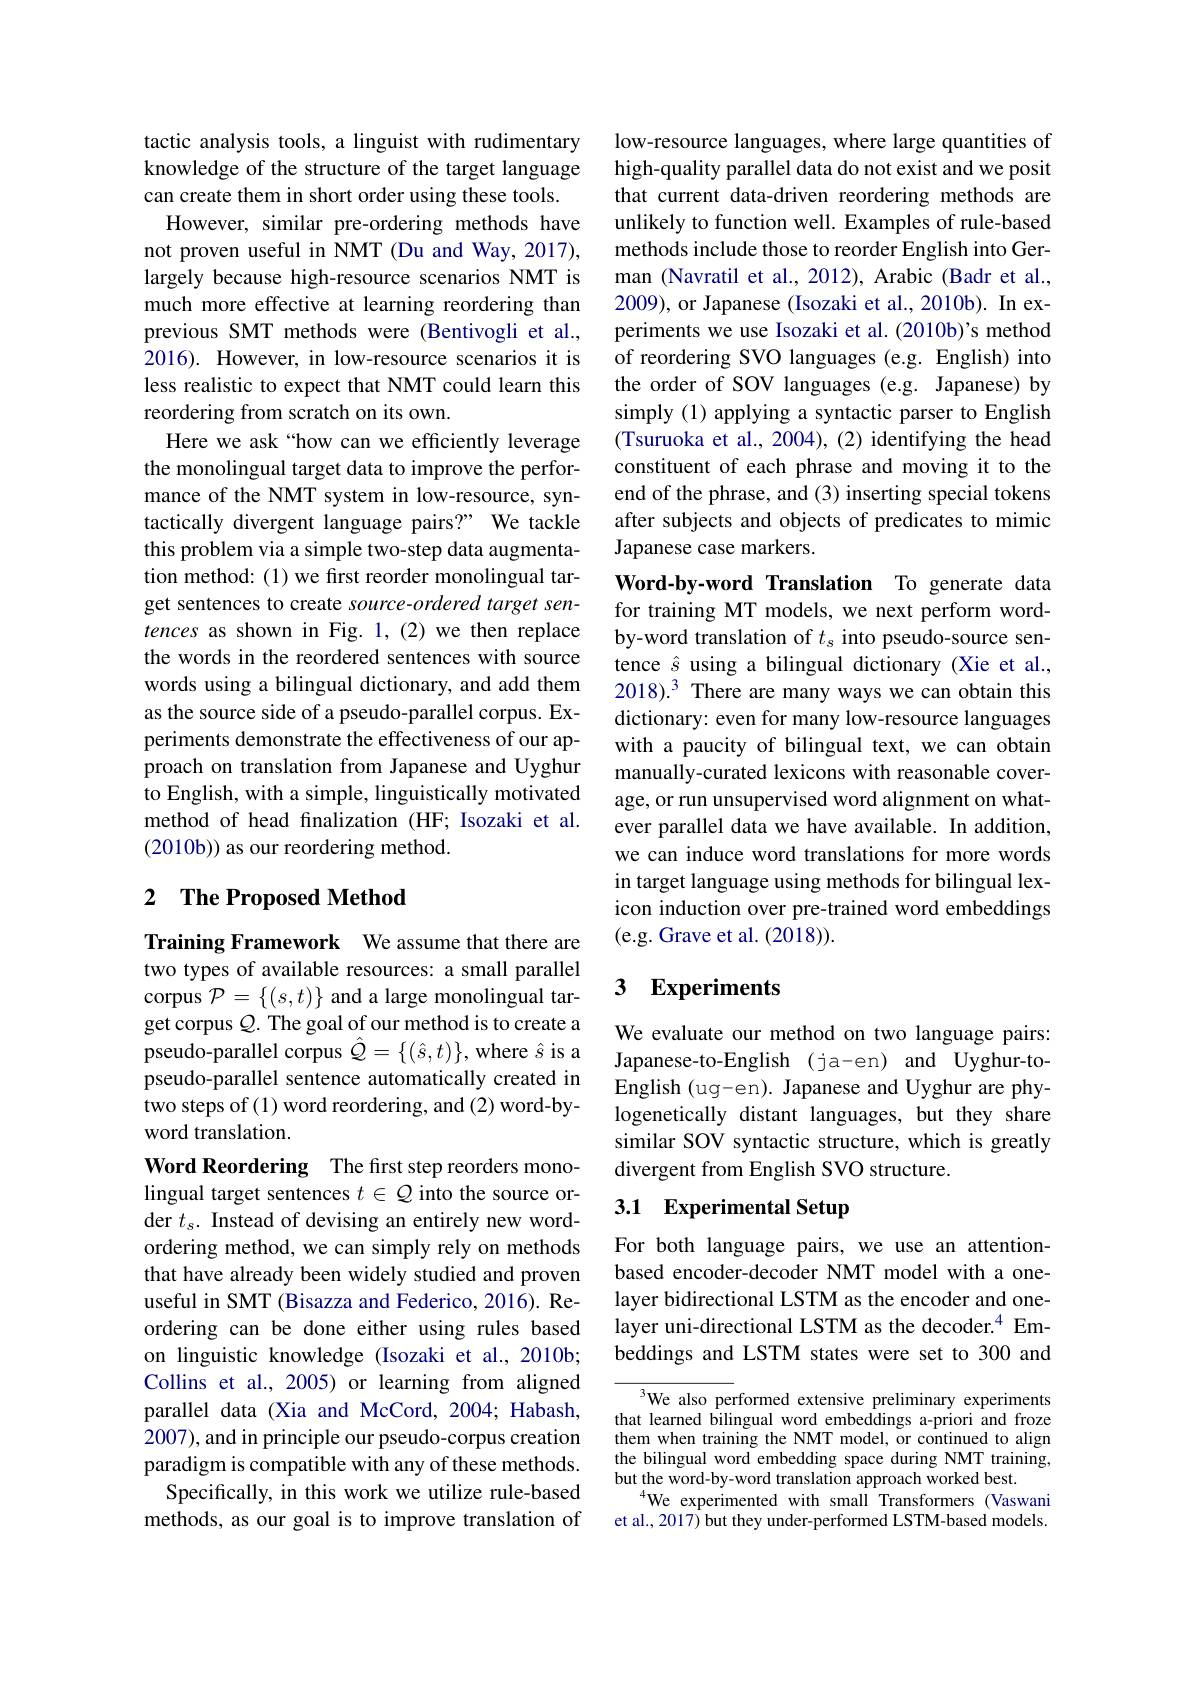
tactic analysis tools, a linguist with rudimentary knowledge of the structure of the target language can create them in short order using these tools.
However, similar pre-ordering methods have not proven useful in NMT (Du and Way,2017), largely because high-resource scenarios NMT is much more effective at learning reordering than previous SMT methods were (Bentivogli et al., 2016). However, in low-resource scenarios it is less realistic to expect that NMT could learn this reordering from scratch on its own.
Here we ask “how can we efficiently leverage the monolingual target data to improve the performance of the NMT system in low-resource, syntactically divergent language pairs?" We tackle this problem via a simple two-step data augmentation method: (1) we first reorder monolingual target sentences to create source-ordered target sentences as shown in Fig. 1,(2) we then replace the words in the reordered sentences with source words using a bilingual dictionary, and add them as the source side of a pseudo-parallel corpus. Experiments demonstrate the effectiveness of our approach on translation from Japanese and Uyghur to English, with a simple, linguistically motivated method of head fnalization (HF; Isozaki et al. (2010b)) as our reordering method.

# 2 The Proposed Method

Training Framework We assume that there are two types of available resources: a small parallel corpus $\mathcal{P}=\{(s,t)\}$ and a large monolingual target corpus $Q.$ The goal of our method is to create a pseudo-parallel corpus $\hat{Q}=\{(\hat{s},t)\}$, where $\hat{s}$ is a pseudo-parallel sentence automatically created in two steps of (1) word reordering, and (2) word-byword translation.

Word Reordering The first step reorders monolingual target sentences $t\in\mathbb{Q}$ into the source order $t_s.$ Instead of devising an entirely new wordordering method, we can simply rely on methods that have already been widely studied and proven useful in SMT (Bisazza and Federico, 2016). Reordering can be done either using rules based on linguistic knowledge (Isozaki et al., 2010b; Collins et al., 2005) or learning from aligned parallel data (Xia and McCord, 2004; Habash, 2007), and in principle our pseudo-corpus creation paradigm is compatible with any of these methods. Specifically, in this work we utilize rule-based methods, as our goal is to improve translation of

low-resource languages, where large quantities of high-quality parallel data do not exist and we posit that current data-driven reordering methods are unlikely to function well. Examples of rule-based methods include those to reorder English into German (Navratil et al., 2012), Arabic (Badr et al., 2009), or Japanese (Isozaki et al., 2010b). In experiments we use Isozaki et al. (2010b)'s method of reordering SVO languages (e.g. English) into the order of SOV languages (e.g. Japanese) by simply (1) applying a syntactic parser to English (Tsuruoka et al., 2004), (2) identifying the head constituent of each phrase and moving it to the end of the phrase, and (3) inserting special tokens after subjects and objects of predicates to mimic Japanese case markers.

Word-by-word Translation To generate data for training MT models, we next perform wordby-word translation of $t_s$ into pseudo-source sentence $\hat{s}$ using a bilingual dictionary (Xie et al., $2018).^3 There are many ways we can obtain this$ dictionary: even for many low-resource languages with a paucity of bilingual text, we can obtain manually-curated lexicons with reasonable coverage, or run unsupervised word alignment on whatever parallel data we have available. In addition, we can induce word translations for more words in target language using methods for bilingual lexicon induction over pre-trained word embeddings (e.g. Grave et al. (2018)).

## 3 Experiments

We evaluate our method on two language pairs: Japanese-to-English (ja-en) and Uyghur-toEnglish (ug-en). Japanese and Uyghur are phylogenetically distant languages, but they share similar SOV syntactic structure, which is greatly divergent from English SVO structure.

## 3.1 Experimental Setup

For both language pairs, we use an attentionbased encoder-decoder NMT model with a onelayer bidirectional LSTM as the encoder and onelayer uni-directional LSTM as the decoder.$^{4}$ Embeddings and LSTM states were set to 300 and

We also performed extensive preliminary experiments that learned bilingual word embeddings a-priori and froze them when training the NMT model, or continued to align the bilingual word embedding space during NMT training, but the word-by-word translation approach worked best
$^{4}$We experimented with small Transformers (Vaswani et al., 2017) but they under-performed LSTM-based models.